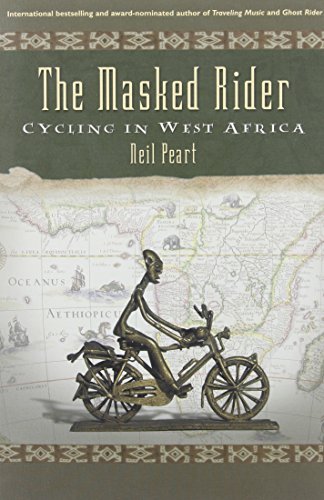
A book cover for The Masked Rider: Cycling in West Africa; Neil Peart; Travel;